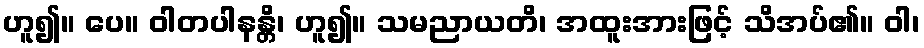
ဟူ၍။ ပေ။ ဝါတပါနန္တိ၊ ဟူ၍။ သမညာယတိ၊ အထူးအားဖြင့် သိအပ်၏။ ဝါ၊